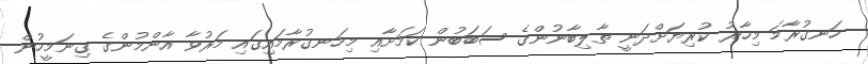
ހަނގުރާމަ މިހާރު ކުރިޔަށްދަނީ ތާލިބާނުންގެ ސަބަބުން ކަމަށާއި މިހަނގުރާމައިގައި މަރުވާ އާންމުންގެ ގިނަމީހުން